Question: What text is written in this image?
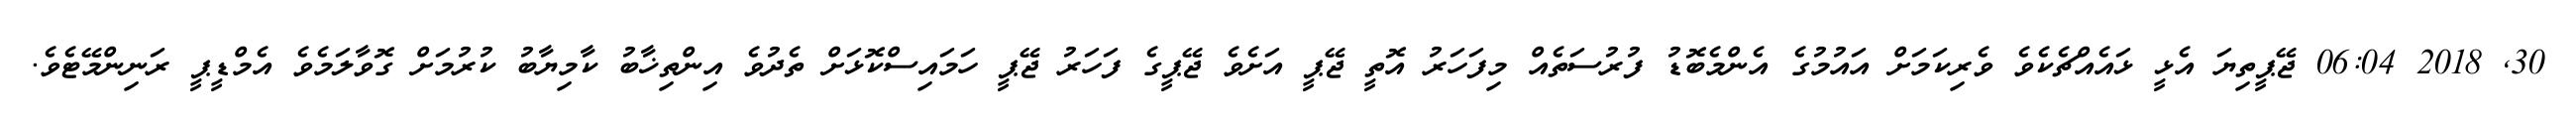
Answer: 30, 2018 06:04 ޖޭޕީތިޔަ އެޅީ ޅައެއްޗެކެވެ ވެރިކަމަށް އައުމުގެ އެންމެބޮޑު ފުރުސަތެއް މިފަހަރު އޮތީ ޖޭޕީ އަށެވެ ޖޭޕީގެ ފަހަރު ޖޭޕީ ހަމައިސްކޮޅަށް ތެދުވެ އިންތިޚާބު ކާމިޔާބު ކުރުމަށް ގޮވާލަމެވެ އެމްޑީޕީ ރަނިންމޭޓެވެ.